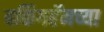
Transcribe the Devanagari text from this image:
बकिंगहॅमच्या